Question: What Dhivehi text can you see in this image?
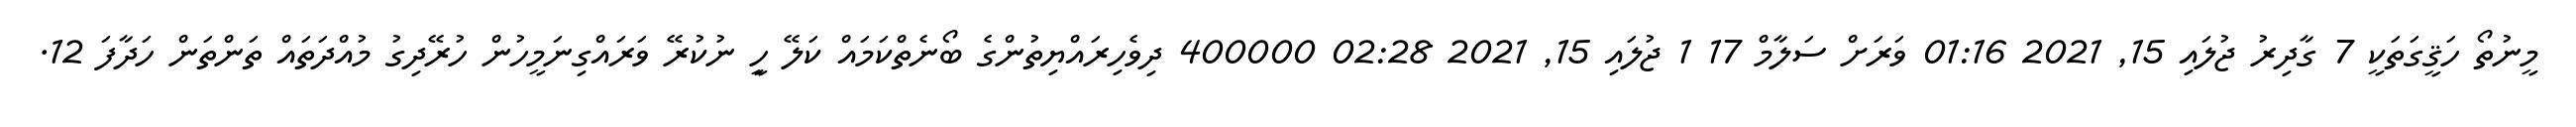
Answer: މީނުތޯ ހަޤީގަތަކީ 7 ގާދިރު ޖުލައި 15, 2021 01:16 ވަރަށް ސަލާމް 17 1 ޖުލައި 15, 2021 02:28 400000 ދިވެހިރައްޔިތުންގެ ބޯނެތްކަމައް ކަލޭ ހިީ ނުކުރޭ ވަރައްގިނަމީހުން ހުރޭދިގު މުއްދަތައް ތަންތަން ހަދާފަ 12.